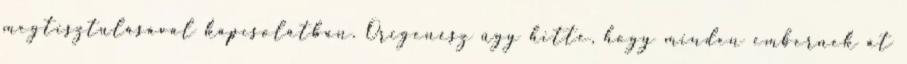
megtisztulásával kapcsolatban. Origenész úgy hitte, hogy minden embernek át